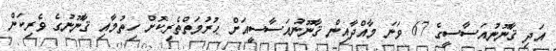
އަދި ޤާނޫނުއަސާސީގެ 67 ވަނަ މާއްދާއިން ޤާނޫނުއަސާސީއަށް ޙުރުމަތްތެރިކޮށް ހިތުމާއި ޤާނޫނުގެ ވެރިކަން